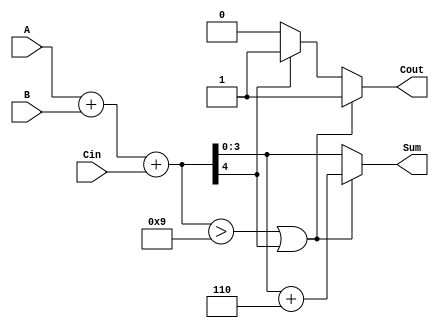
module BCD_Fast_Adder (
    input [3:0] A,       // First BCD input
    input [3:0] B,       // Second BCD input
    input Cin,           // Carry-in input
    output reg [3:0] Sum, // BCD output
    output reg Cout      // Carry-out output
);

    wire [4:0] TempSum;  // 5-bit temporary sum for binary addition

    // Binary addition of A, B, and Cin
    assign TempSum = A + B + Cin;

    always @(*) begin
        // Default values
        Sum = TempSum[3:0]; // Initialize Sum with lower 4 bits
        Cout = 0;           // Initialize Cout

        // Check for BCD correction
        if (TempSum > 9 || TempSum[4]) begin
            Sum = TempSum[3:0] + 4'b0110; // Add 6 for BCD correction
            Cout = 1;                     // Set carry-out
        end else if (TempSum[4]) begin
            Cout = 1;                     // Set carry-out if original addition had a carry-out
        end
    end

endmodule